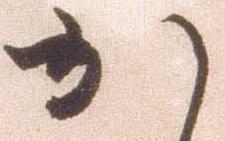
か